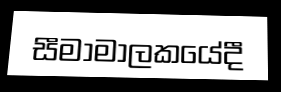
සීමාමාලකයේදී